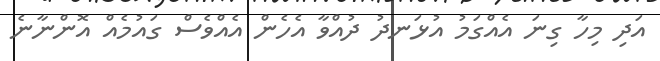
އަދި މިހާ ގިނަ އެއްގަމު އުޅަނދު ދުއްވާ އެހެން އެއްވެސް ގައުމެއް އޮންނާނެ